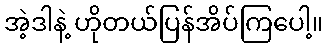
အဲ့ဒါနဲ့ ဟိုတယ်ပြန်အိပ်ကြပေါ့။